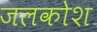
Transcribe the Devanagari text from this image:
जलकोश